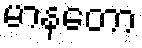
မာနတော